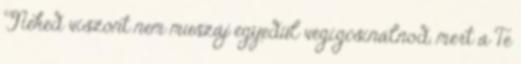
Neked viszont nem muszáj egyedül végigcsinálnod, mert a Te